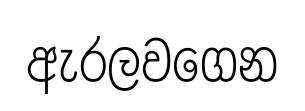
ඇරලවගෙන